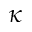
\kappa